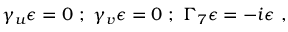
\gamma _ { u } \epsilon = 0 ~ ; ~ \gamma _ { v } \epsilon = 0 ~ ; ~ \Gamma _ { 7 } \epsilon = - i \epsilon ~ ,